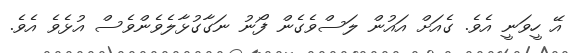
އޭ ހީވަނީ އެވެ. ގެއަށް އައުން ލަސްވެގެން ފޯނު ނަގާގުޅާލެވެންވެސް އުޅެވެ އެވެ.